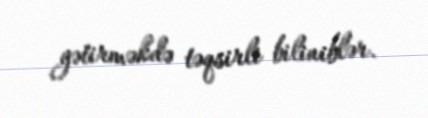
gətirməkdə təqsirli biliniblər.